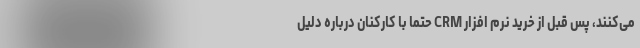
می‌کنند، پس قبل از خرید نرم افزار CRM حتما با کارکنان درباره دلیل